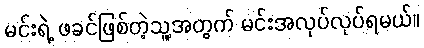
မင်းရဲ့ ဖခင်ဖြစ်တဲ့သူ့အတွက် မင်းအလုပ်လုပ်ရမယ်။